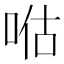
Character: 𱒴